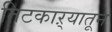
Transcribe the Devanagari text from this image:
तिटकाऱ्यातून